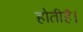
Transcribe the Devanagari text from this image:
होतीहै।